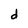
Character: d